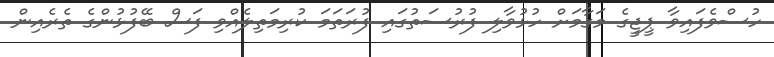
ހުސްވެފައިވާ ޕީޖީގެ މަގާމަށް ހުޅުވާލި ފުރުސަތުގައި ފުރަތަމަ ކުރިމަތިލެއްވި ފަސް ބޭފުޅުންގެ ތެރެއިން